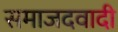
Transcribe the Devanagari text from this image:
समाजदवादी